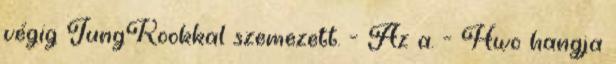
végig JungKookkal szemezett. - Az a. - Hwo hangja